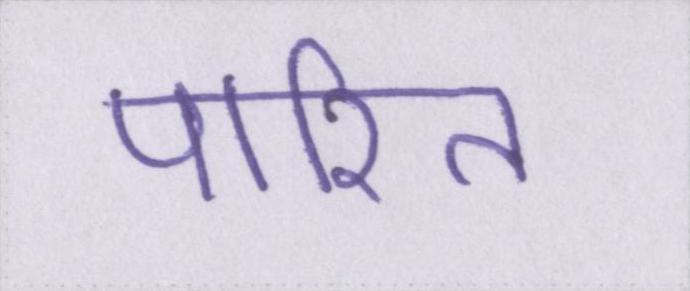
पारित